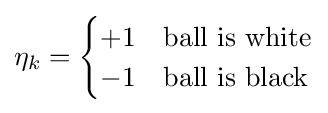
\eta _{k}={\begin{cases}+1&{\text{ball is white}}\\-1&{\text{ball is black}}\end{cases}}